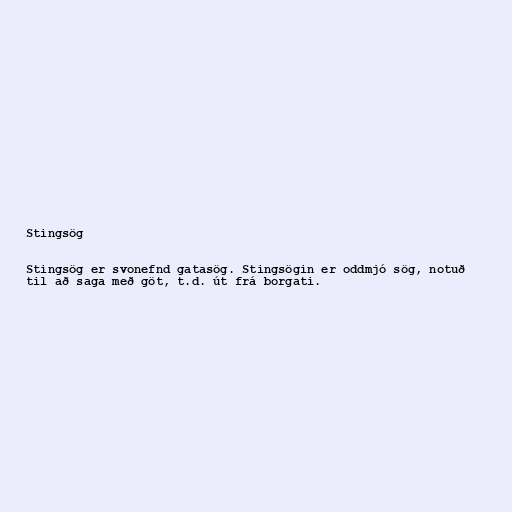
Stingsög

Stingsög er svonefnd gatasög. Stingsögin er oddmjó sög, notuð
til að saga með göt, t.d. út frá borgati.